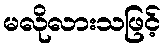
မလိုလားသဖြင့်